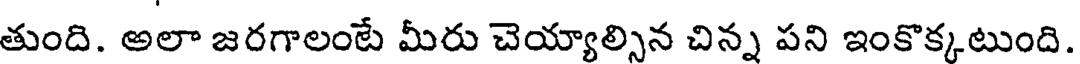
తుంది. అలా జరగాలంటే మీరు చెయ్యాల్సిన చిన్న పని ఇంకొక్కటుంది.